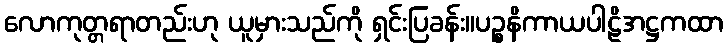
လောကုတ္တရာတည်းဟု ယူမှားသည်ကို ရှင်းပြခန်း။ပဉ္စနိကာယပါဠိအဋ္ဌကထာ